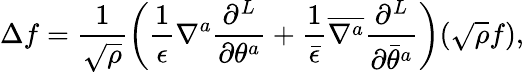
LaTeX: \Delta f=\frac{1}{\sqrt\rho}\left(\frac{1}{\epsilon}\nabla^{a}\frac{\partial^{L}}{\partial\theta^{a}}+\frac{1}{\bar{\epsilon}}{\overline{{{\nabla^{a}}}}}\frac{\partial^{L}}{\partial{\bar{\theta}}^{a}}\right)(\sqrt\rho f),